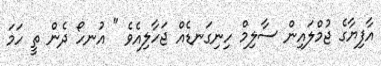
އާފިޔާގެ ޖުމްލައިން ސާލިމް ހިނިގަނޑެއް ޖަހާލިއެވެ " އުނހޯ ދެން ތީ ހަމަ